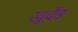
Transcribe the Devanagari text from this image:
खुदैड़